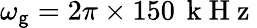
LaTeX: \omega_{\mathsf{g}}=2\pi\times150\, \mathrm{{~k~H~z~}}